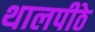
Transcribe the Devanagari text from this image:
थालपीठे